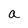
Character: a